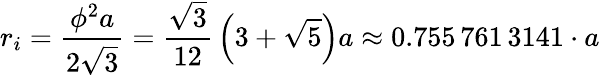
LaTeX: r_{i}={\frac{\phi^{2}a}{2{\sqrt{3}}}}={\frac{\sqrt{3}}{12}}\left(3+{\sqrt{5}}\right)a\approx 0.755\, 761\, 3141\cdot a